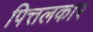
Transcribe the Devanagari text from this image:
पित्तलकार